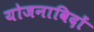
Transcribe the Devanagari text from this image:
योजनाविदों